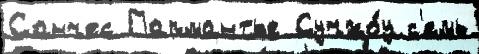
Санчес Пармантье Сучжо́у с'емь